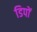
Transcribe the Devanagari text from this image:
डिपों